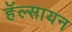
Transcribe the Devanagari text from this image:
हॅल्सायन